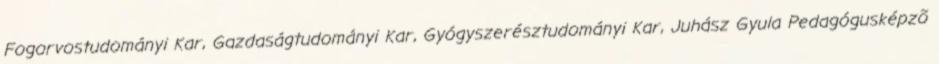
Fogorvostudományi Kar, Gazdaságtudományi Kar, Gyógyszerésztudományi Kar, Juhász Gyula Pedagógusképzõ